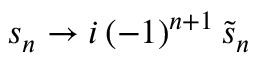
s _ { n } \rightarrow i \left( - 1 \right) ^ { n + 1 } \tilde { s } _ { n }